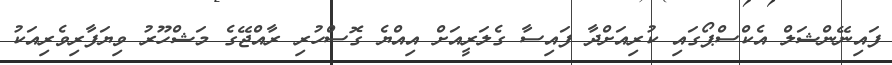
ފައިނޭންޝަލް އެކްސްޕޯގައި ކުރިއަށްދާ ފައިސާ ގެލަރީއަށް އިއްޔެ ގޮސްހުރި ރާއްޖޭގެ މަޝްހޫރު ވިޔަފާރިވެރިއަކު